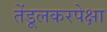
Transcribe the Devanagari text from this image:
तेंडूलकरपेक्षा